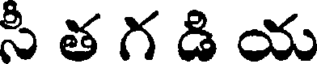
సీ త గ డి య